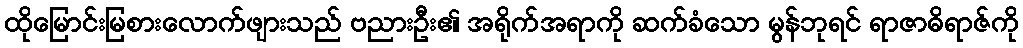
ထိုမြောင်းမြစားလောက်ဖျားသည် ဗညားဦး၏ အရိုက်အရာကို ဆက်ခံသော မွန်ဘုရင် ရာဇာဓိရာဇ်ကို